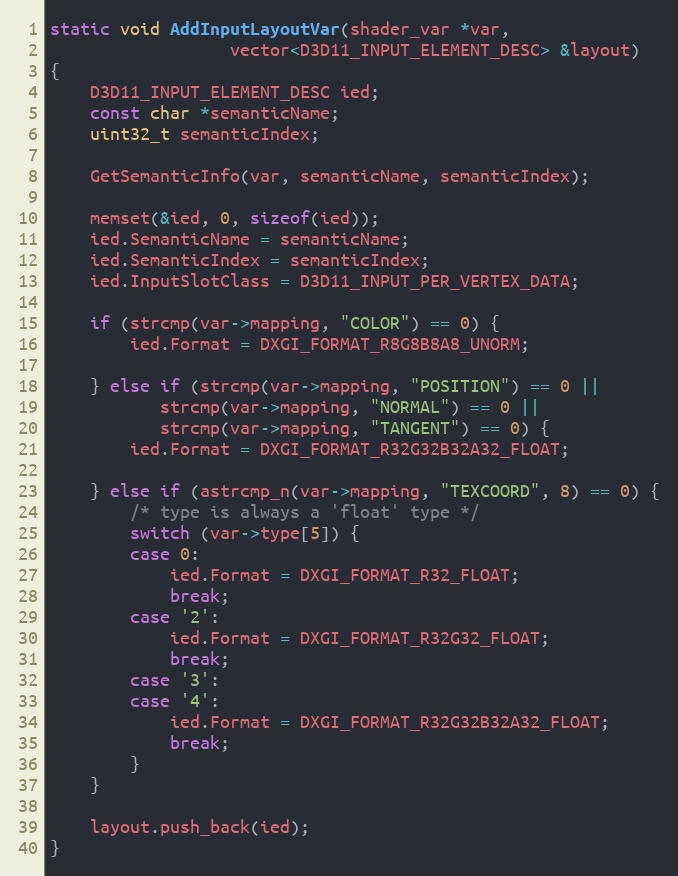
Language: C++
static void AddInputLayoutVar(shader_var *var,
			      vector<D3D11_INPUT_ELEMENT_DESC> &layout)
{
	D3D11_INPUT_ELEMENT_DESC ied;
	const char *semanticName;
	uint32_t semanticIndex;

	GetSemanticInfo(var, semanticName, semanticIndex);

	memset(&ied, 0, sizeof(ied));
	ied.SemanticName = semanticName;
	ied.SemanticIndex = semanticIndex;
	ied.InputSlotClass = D3D11_INPUT_PER_VERTEX_DATA;

	if (strcmp(var->mapping, "COLOR") == 0) {
		ied.Format = DXGI_FORMAT_R8G8B8A8_UNORM;

	} else if (strcmp(var->mapping, "POSITION") == 0 ||
		   strcmp(var->mapping, "NORMAL") == 0 ||
		   strcmp(var->mapping, "TANGENT") == 0) {
		ied.Format = DXGI_FORMAT_R32G32B32A32_FLOAT;

	} else if (astrcmp_n(var->mapping, "TEXCOORD", 8) == 0) {
		/* type is always a 'float' type */
		switch (var->type[5]) {
		case 0:
			ied.Format = DXGI_FORMAT_R32_FLOAT;
			break;
		case '2':
			ied.Format = DXGI_FORMAT_R32G32_FLOAT;
			break;
		case '3':
		case '4':
			ied.Format = DXGI_FORMAT_R32G32B32A32_FLOAT;
			break;
		}
	}

	layout.push_back(ied);
}